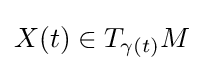
X(t)\in T_{\gamma (t)}M